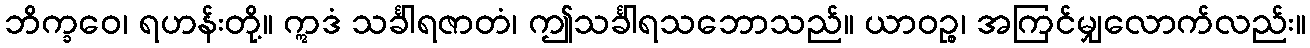
ဘိက္ခဝေ၊ ရဟန်းတို့။ ဣဒံ သင်္ခါရဇာတံ၊ ဤသင်္ခါရသဘောသည်။ ယာဝဉ္စ၊ အကြင်မျှလောက်လည်း။